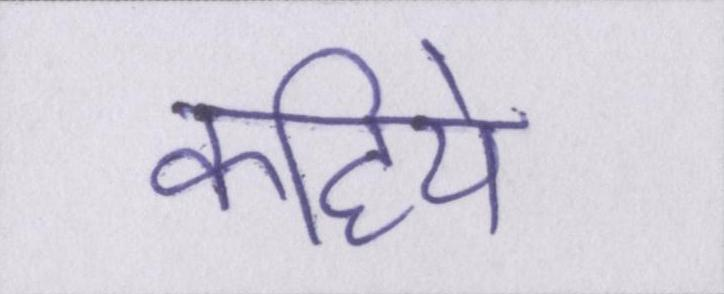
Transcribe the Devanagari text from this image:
कहिये